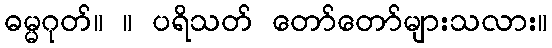
ဓမ္မဂုတ်။ ။ ပရိသတ် တော်တော်များသလား။